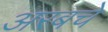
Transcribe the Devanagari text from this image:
अरबचे